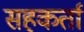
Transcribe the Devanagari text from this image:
सहकर्ता